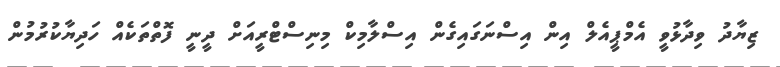
ޒިޔާދު ވިދާޅުވީ އެމްޕީއެލް އިން އިސްނަގައިގެން އިސްލާމިކް މިނިސްޓްރީއަށް ދީނީ ފޮތްތަކެއް ހަދިޔާކުރުމުން